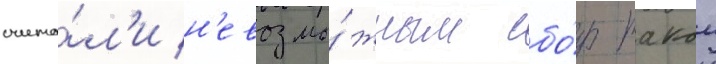
счита́л'и н'евозмо́жным сбо́р такои